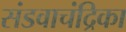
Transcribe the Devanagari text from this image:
संडवाचंद्रिका